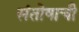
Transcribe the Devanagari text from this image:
संतोषाची